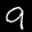
Label: 9